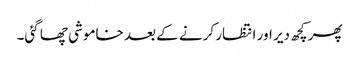
پھر کچھ دیر اور انتظار کرنے کے بعد خاموشی چھا گئی۔